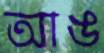
আঙ